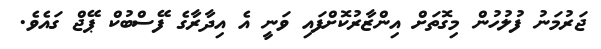
ޖަރުމަނު ފުލުހުން މިގޮތަށް އިންޒާރުކޮށްފައި ވަނީ އެ އިދާރާގެ ފޭސްބުކް ޕޭޖް ގައެވެ.